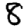
Digit: 8